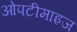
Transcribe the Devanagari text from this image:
ओपटीमाइज